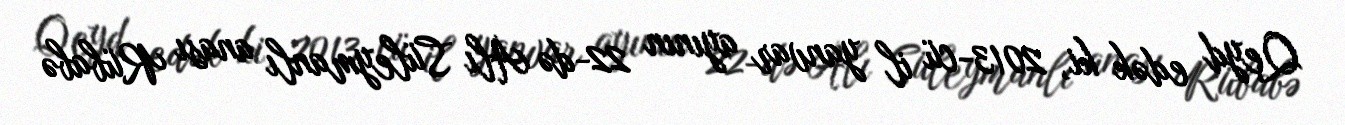
Qeyd edək ki, 2013-cü il yanvar ayının 22-də Alı Süleymanlı anası Rübabə